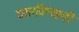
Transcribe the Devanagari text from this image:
घसरविण्याची